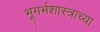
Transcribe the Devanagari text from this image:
भूगर्भशास्त्राच्या